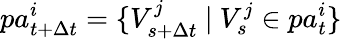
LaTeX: pa_{t+\Delta t}^{i}=\{ V_{s+\Delta t}^{j}~\vert~V_{s}^{j}\in pa_{t}^{i}\}